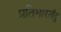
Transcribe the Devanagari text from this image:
प्रतिभारतेंदु